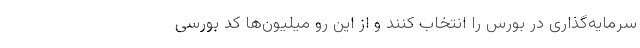
سرمایه‌گذاری در بورس را انتخاب کنند و از این رو میلیون‌ها کد بورسی